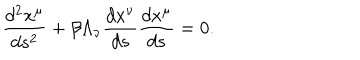
\frac { d ^ { 2 } x ^ { \mu } } { d s ^ { 2 } } + \beta \Lambda _ { \nu } \frac { d x ^ { \nu } } { d s } \frac { d x ^ { \mu } } { d s } = 0 .